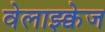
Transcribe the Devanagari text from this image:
वेलाझ्क्वेज